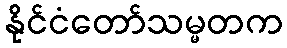
နိုင်ငံတော်သမ္မတက